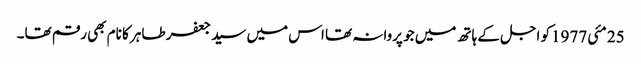
25 مئی 1977کو اجل کے ہاتھ میں جو پروانہ تھا اس میں سید جعفر طاہر کا نام بھی رقم تھا۔